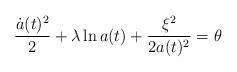
LaTeX: \begin{align*}\frac{\dot{a}(t)^{2}}{2}+\lambda\ln a(t)+\frac{\xi^{2}}{2a(t)^{2}}=\theta\end{align*}